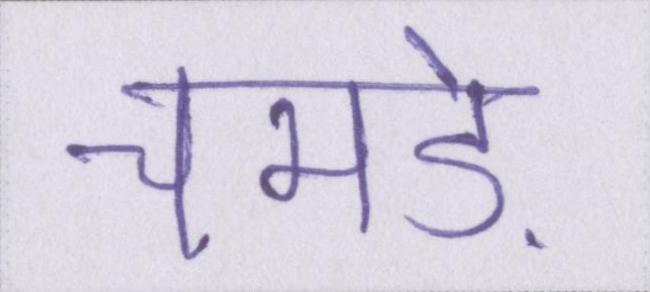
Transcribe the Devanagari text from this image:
चमड़े